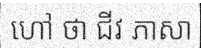
ហៅ ថា ជីវ ភាសា